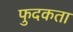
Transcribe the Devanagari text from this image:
फुदकता